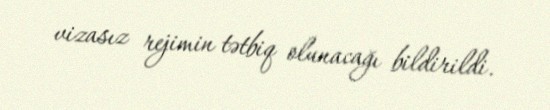
vizasız rejimin tətbiq olunacağı bildirildi.